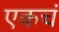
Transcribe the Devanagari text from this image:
एकचं